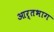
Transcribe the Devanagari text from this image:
आर्तभाग